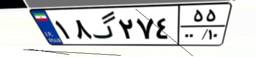
۹۰گ۱۳۲۹۵